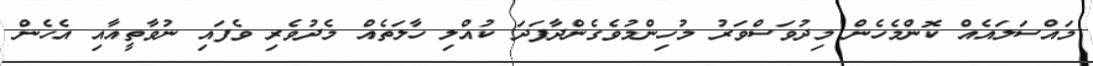
މައްސަލައެއް ކޮންމެހެން މިދުވަސްވަރު މުހިންމުވެގެންދާފަދަ ކުއްލި ހާލަތެއް މެދުވެރި ވެފައި ނުވާތީއާއި އެހެން